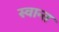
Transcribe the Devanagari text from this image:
स्वान्त